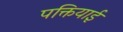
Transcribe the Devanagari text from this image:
पक्तियाई